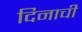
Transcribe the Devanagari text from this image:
दिनाची